Vaike-Kopu_(Puiatu)_vallavalitsus, lk 36
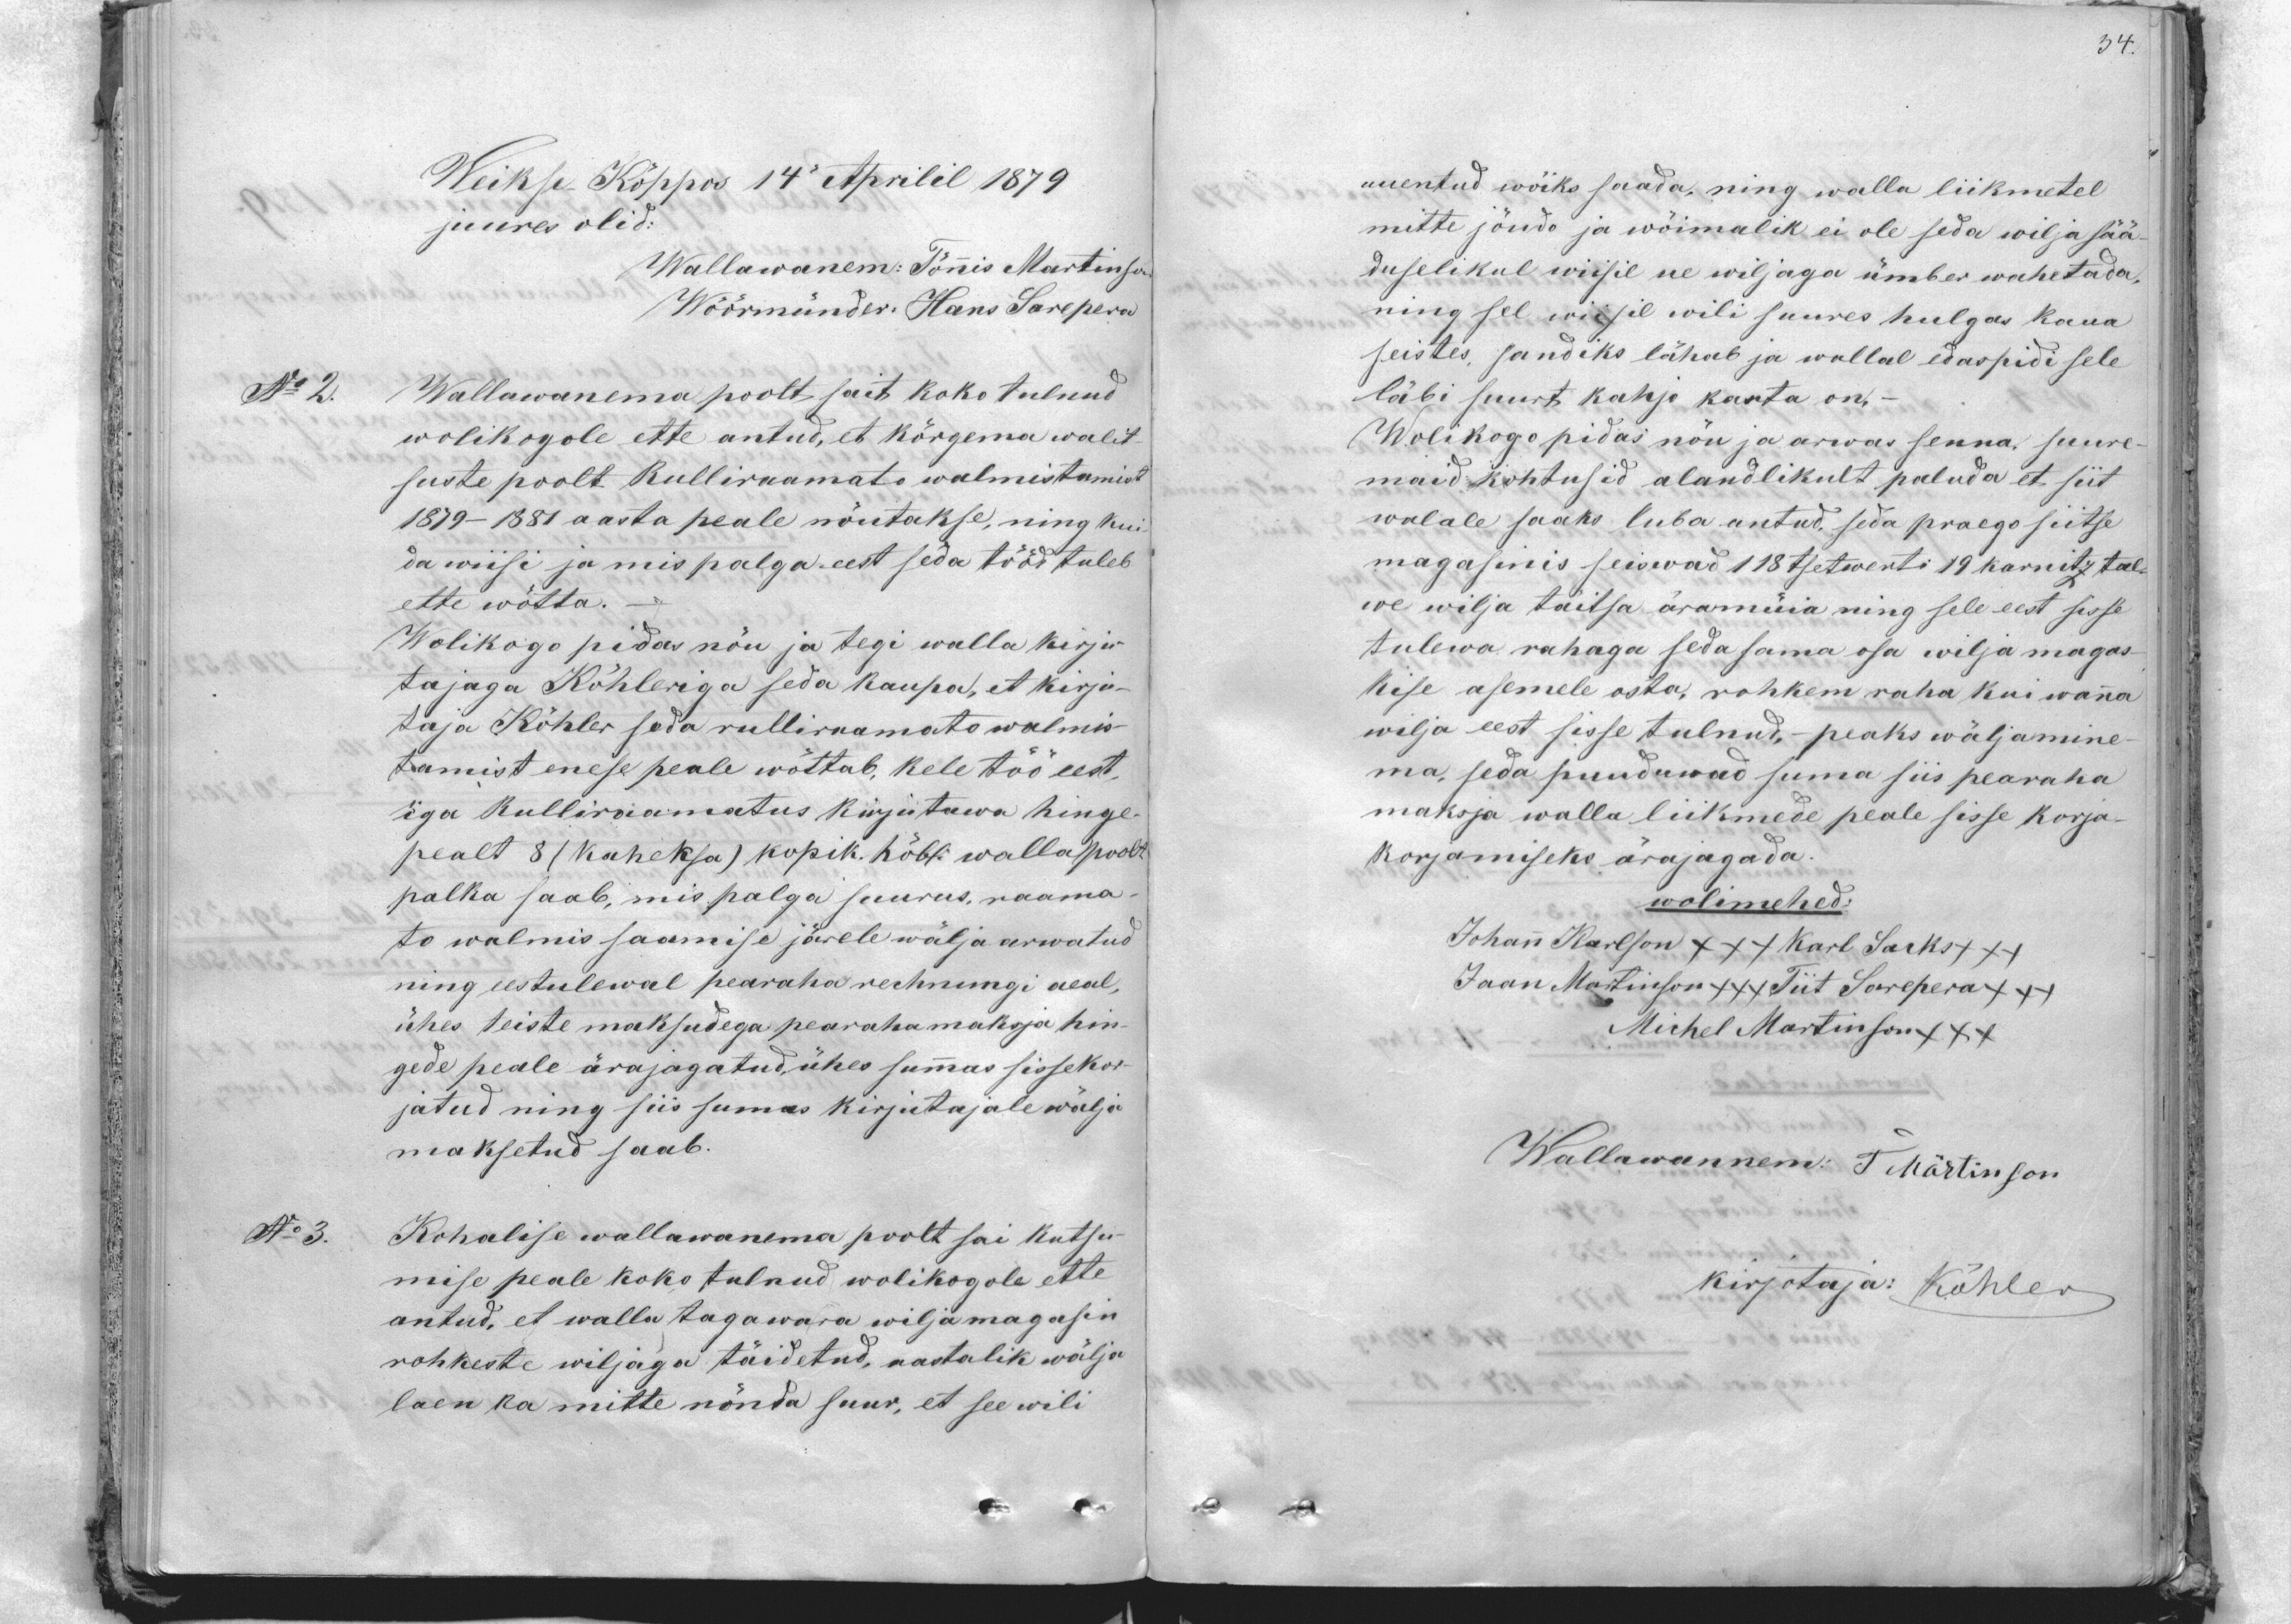
34.

Weikse Köppos 14 Aprilil 1879
juures olid:
Wallawanem: Tönis Martinson
Wöörmünder, Hans Sarepera
Wallawanema poolt sait koko tulnud
wolikogole ette antud, et kõrgema walit-
suste poolt Rulliramato walmistamist
1879-1881 aasta peale nöutakse, ning kui
da wiisi ja mis palga eest seda tööd tuleb
ette wötta.
Wolikogo pidas nöu ja tegi walla kirju-
tajaga Köhleriga seda kaupa, et kirju-
taja Köhler seda rulliraamato walmis
tamist enese peale wöttab, kele töö eest,
iga Rulliraamatus kirjutawa hinge-
pealt 8 (kaheksa) kopik. höbk walla poolt
palka saab, mis palga suurus, raama-
to walmis saamise järele wälja arwatud
ning eestulewal pearaha reihnungi aeal,
ühes teiste maksudega pearaha maksja hin-
gede peale ärajagatud, ühes summas sissekor-
jatud ning siis sumas kirjutajale wälja
maksetud saab.
Kohalise wallawanema poolt sai kutsu
mise peale koko tulnud wolikogole ette
antud, et wallu tagawara wilja magasin
rohkeste wiljaga täidetud, aastalik wälja
laen ka mitte nönda suur, et see wili

uuentud wöiks saada, ning walla liikmetel
mitte jöudo ja wöimalik ei ole seda wilja sää
duselikul wiisil ue wiljaga ümber wahetada,
ning sel wiisil wili suures hulgas kaua
seistes, sandiks lähab ja wallal edaspidi sele
läbi suurt kahjo karta on.-
Wolikogo pidas nöu ja arwas senna, suure-
maid kohtusid alandlikult paluda et siit
walale saaks luba antud, seda praego siitse
magasinis seiwad 118 tsetwerti 19 karnitz tal-
we wilja täitsa äramüia ning sele eest sisse
tulewa rahaga seda sama osa wilja magas-
kise asemele osta, rohkem raha kui wanna
wilja eest sisse tulnud, - peaks wäljamine
ma, seda puuduwad suma siis pearaha
maksja walla liikmede peale sisse korja-
korjamiseks ärajagada.
wolimehed:
Johann Karlson XXX Karl Sacks +++
Jaan Martinson +++ Tiit Sarepera +++
Michel Martinson +++
Wallawannem: T Märtinson
kirjotaja: Köhler

No 2

No 3.